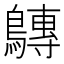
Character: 𪅘